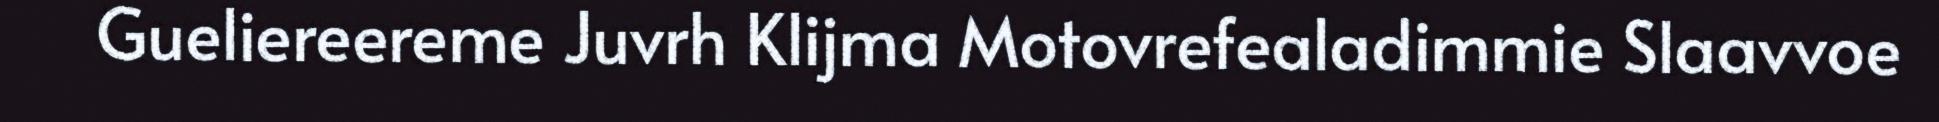
Gueliereereme Juvrh Klijma Motovrefealadimmie Slaavvoe